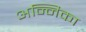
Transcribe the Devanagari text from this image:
अन्निका